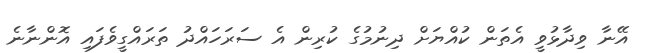
އޭނާ ވިދާޅުވީ އެތަން ކުއްޔަށް ދިނުމުގެ ކުރިން އެ ސަރަހައްދު ތަރައްގީވެފައި އޮންނާނެ